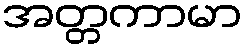
အတ္တကာမာ